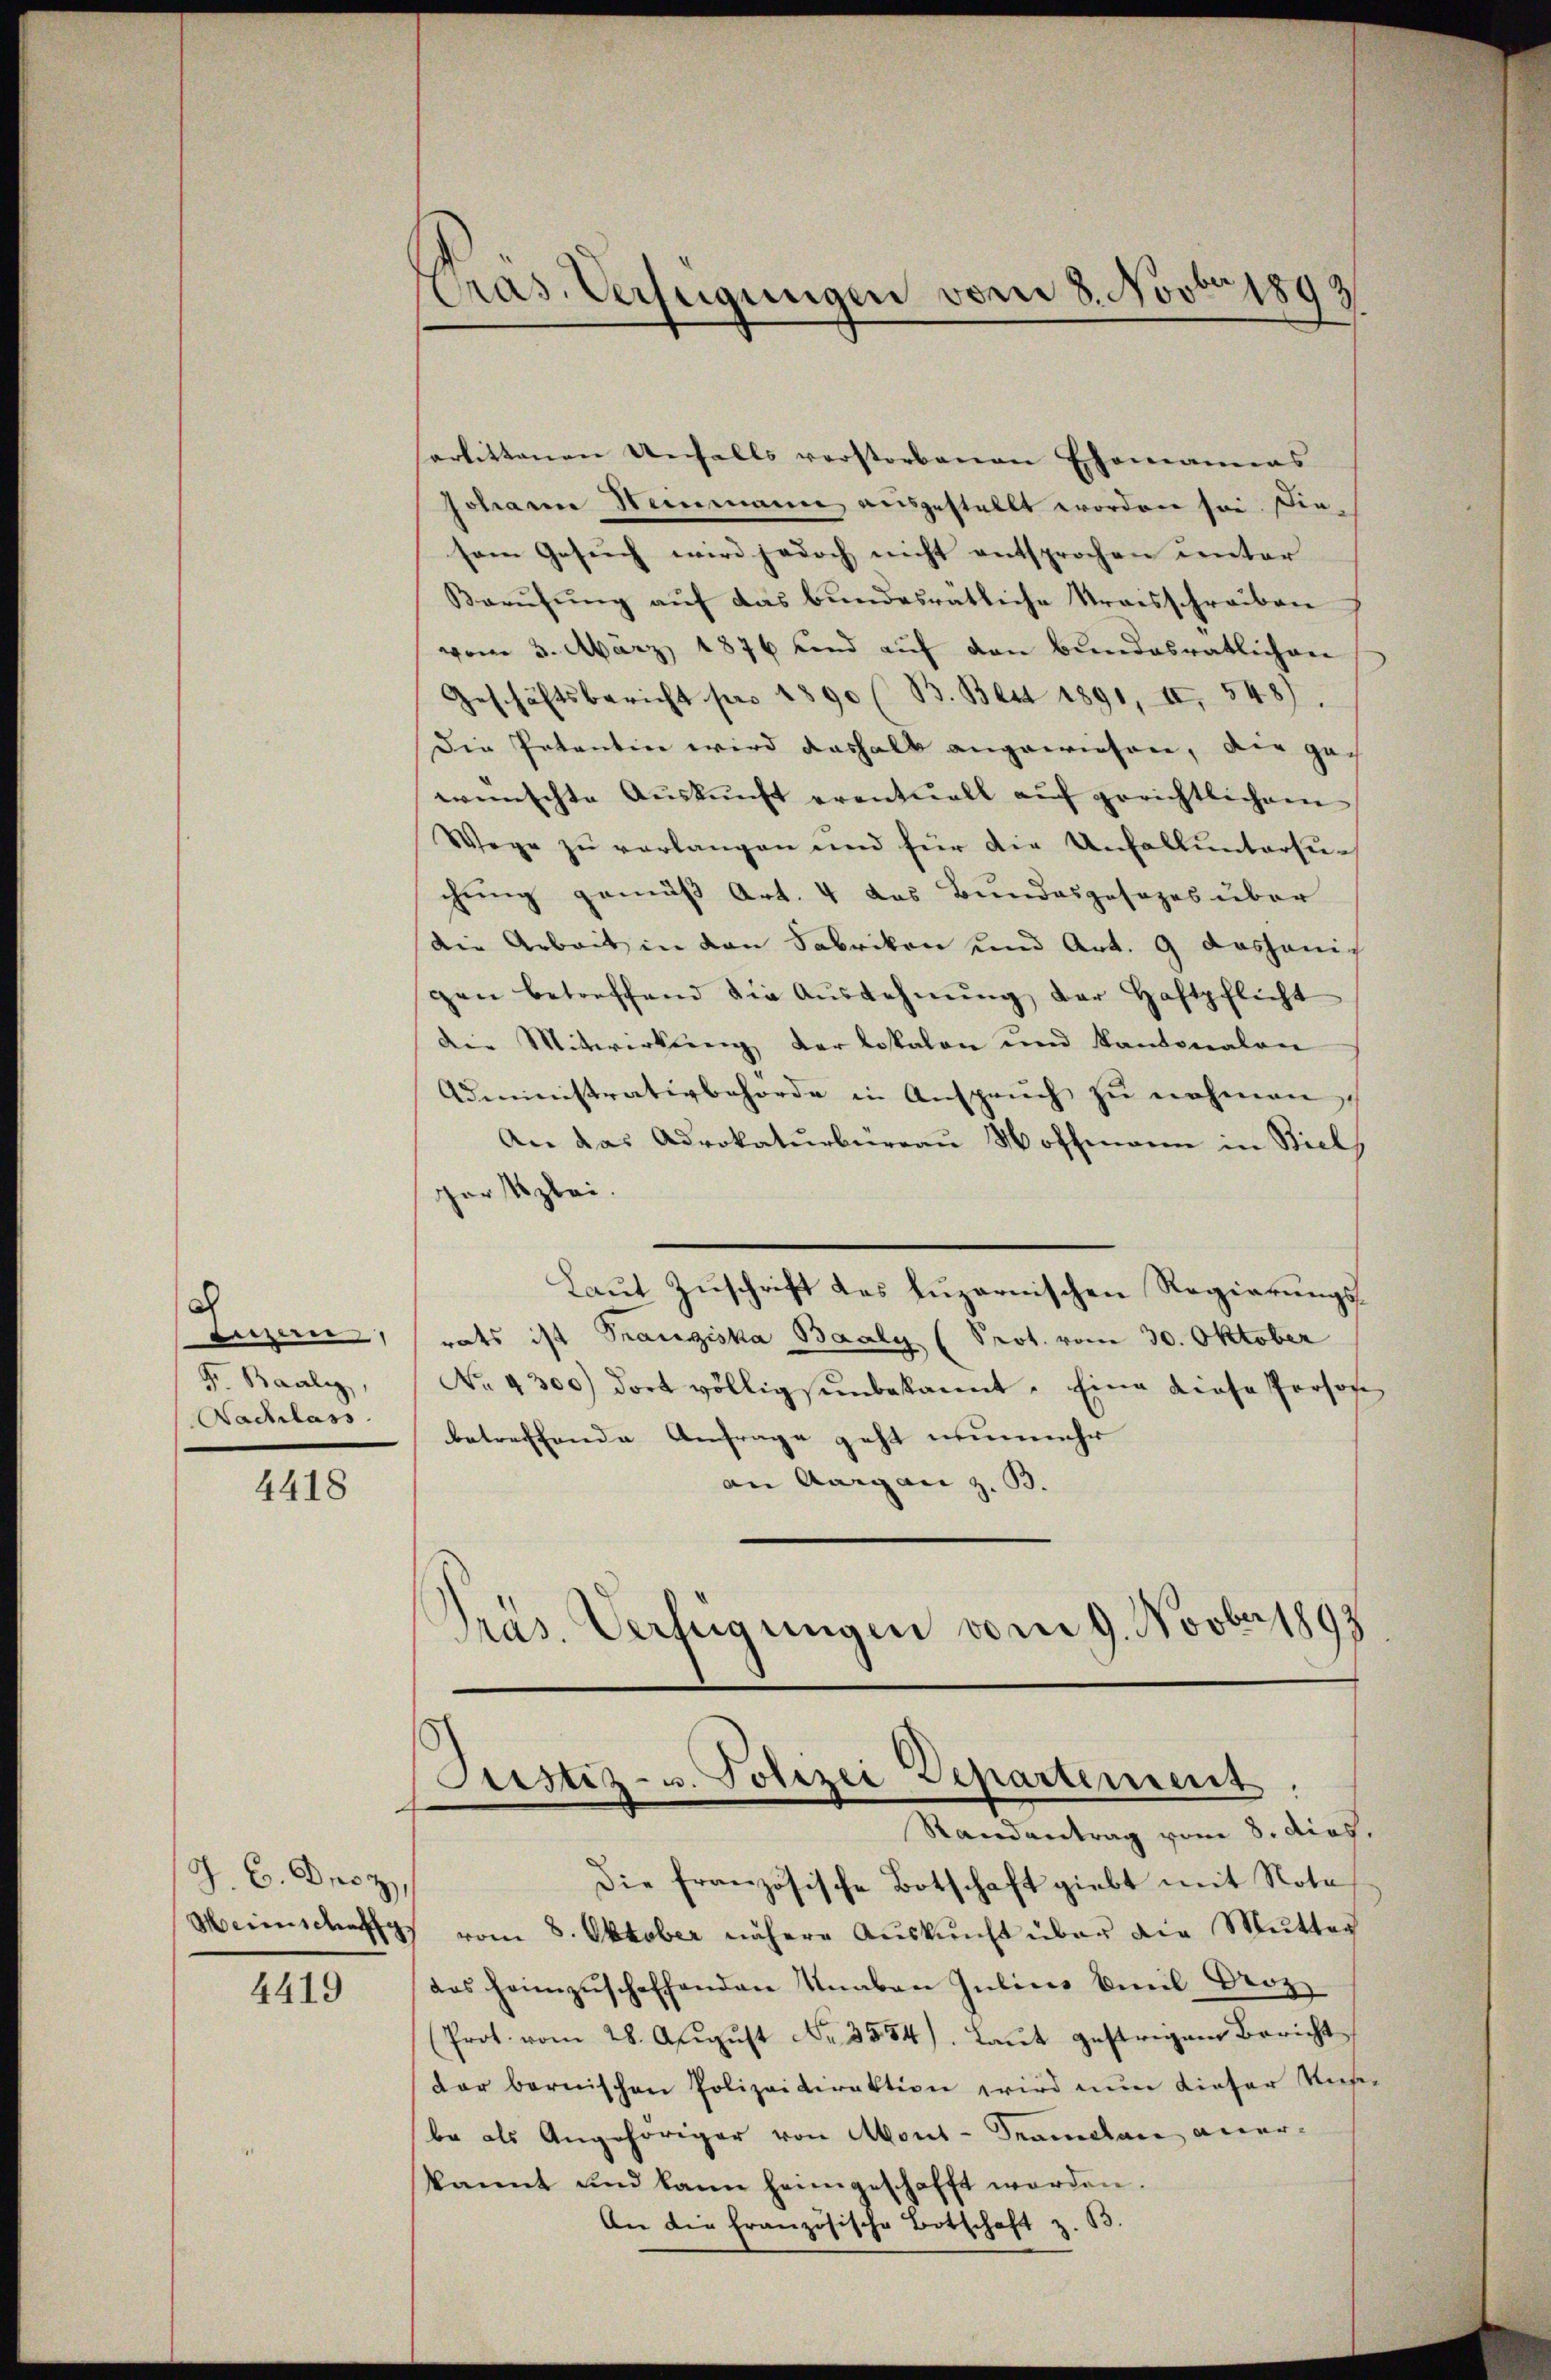
a
berzen
Pr. Baaly,
Nachlass

4418

J. C. Dez.
Mannschaff

4419

Pras. Verfügungen vom 8. Novbr 1893

arbittenen Unfalls verstorbenen Ehemaniens
Johanne Neinmanne ausgestellt worden sei. Diesem Gesŭch wird jedoch nicht entsprochen ŭnter
Barŭfŭng aŭf das bŭndesrätliche Kraisschreiben
vom 3. März 1876 und auf den Bundesratlichen
Geschäftsbericht pro 1890 ( B. Bett 1891, II, 548).
Die Patentin wird deshalb angewiesen, die gewünschte Auskunft eventuell auf gerichtlichem
Wege zŭ verlangen und für die Unfalluntersuchung gemäß Art. 4 das Bundesgesezes über
die Arbeit in den Fabrikon und Art. 9 dasjenig
gen betreffend die Ausdehnung der Haftpflicht
Die Mitwirkung der Lokalen und Kantonalen
Administrativbehörde in Anspruch zu nohmen
An das Advokaturbüreau Hoffmann in Biel,
garstzlei.
Laut Zuschrift des Luzernischen Regierungsrats ist Franziska Baaly (Prot. vom 30. Oktober
No. 4300) dort völligsunbekannt. Eine diese Person
betreffende Anfrage geht nunmehr
an Aargau z. B.
Pras. Verfügungen vom 9. Novber 1892

Justiz- u. Polizei Departement.
Randantrag vom 8. dies.

Die französische Botschaft giebt mit Note
vom 8. Oktober nähere Aŭskŭnft über die Mutter
das heimzuschaffenden Knaben Julius Emil Proz
(Prot. vom 28. Aŭgŭst No. 3554). Laŭt gestrigen Bericht
dar bernischen Polizeidirektion wird nun dieser Ver-
be als Angehöriger von Mont-Kramelane aner-
kannt und kann heimgeschafft werden.
An die französische Botschaft z. B.